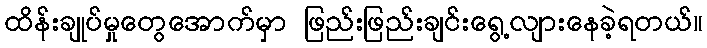
ထိန်းချုပ်မှုတွေအောက်မှာ ဖြည်းဖြည်းချင်းရွေ့လျားနေခဲ့ရတယ်။